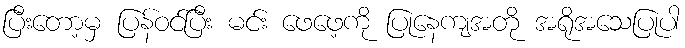
ပြီးတော့မှ ပြန်ဝင်ပြီး မင်း ဖေဖေ့ကို ပြုနေကျအတို အရိုအသေပြုပါ